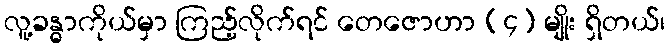
လူ့ခန္ဓာကိုယ်မှာ ကြည့်လိုက်ရင် တေဇောဟာ (၄) မျိုး ရှိတယ်၊